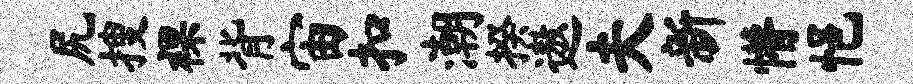
尻搜裸背宙扣潮揆遨夫新懵悒